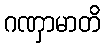
ဂဏှာမာတိ